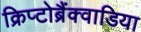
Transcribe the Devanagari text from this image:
क्रिप्टोब्रैंक्वाडिया